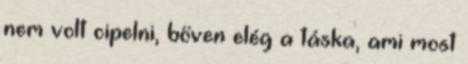
nem volt cipelni, bőven elég a táska, ami most